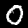
Label: 0